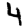
Digit: 4